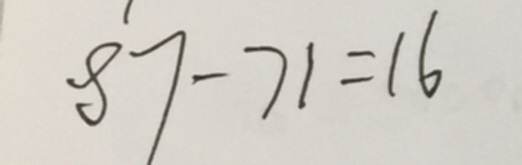
8 7 - 7 1 = 1 6